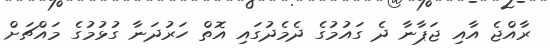
ރާއްޖެ އާއި ޖަޕާނާ ދެ ގައުމުގެ ދެމެދުގައި އޮތް ހަރުދަނާ ގުޅުމުގެ މައްޗަށް